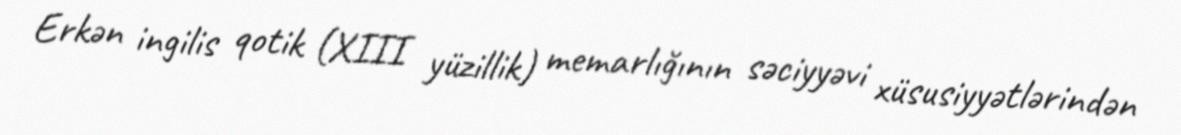
Erkən ingilis qotik (XIII yüzillik) memarlığının səciyyəvi xüsusiyyətlərindən